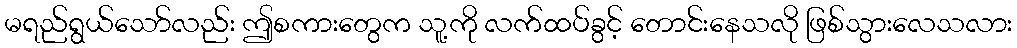
မရည်ရွယ်သော်လည်း ဤစကားတွေက သူ့ကို လက်ထပ်ခွင့် တောင်းနေသလို ဖြစ်သွားလေသလား